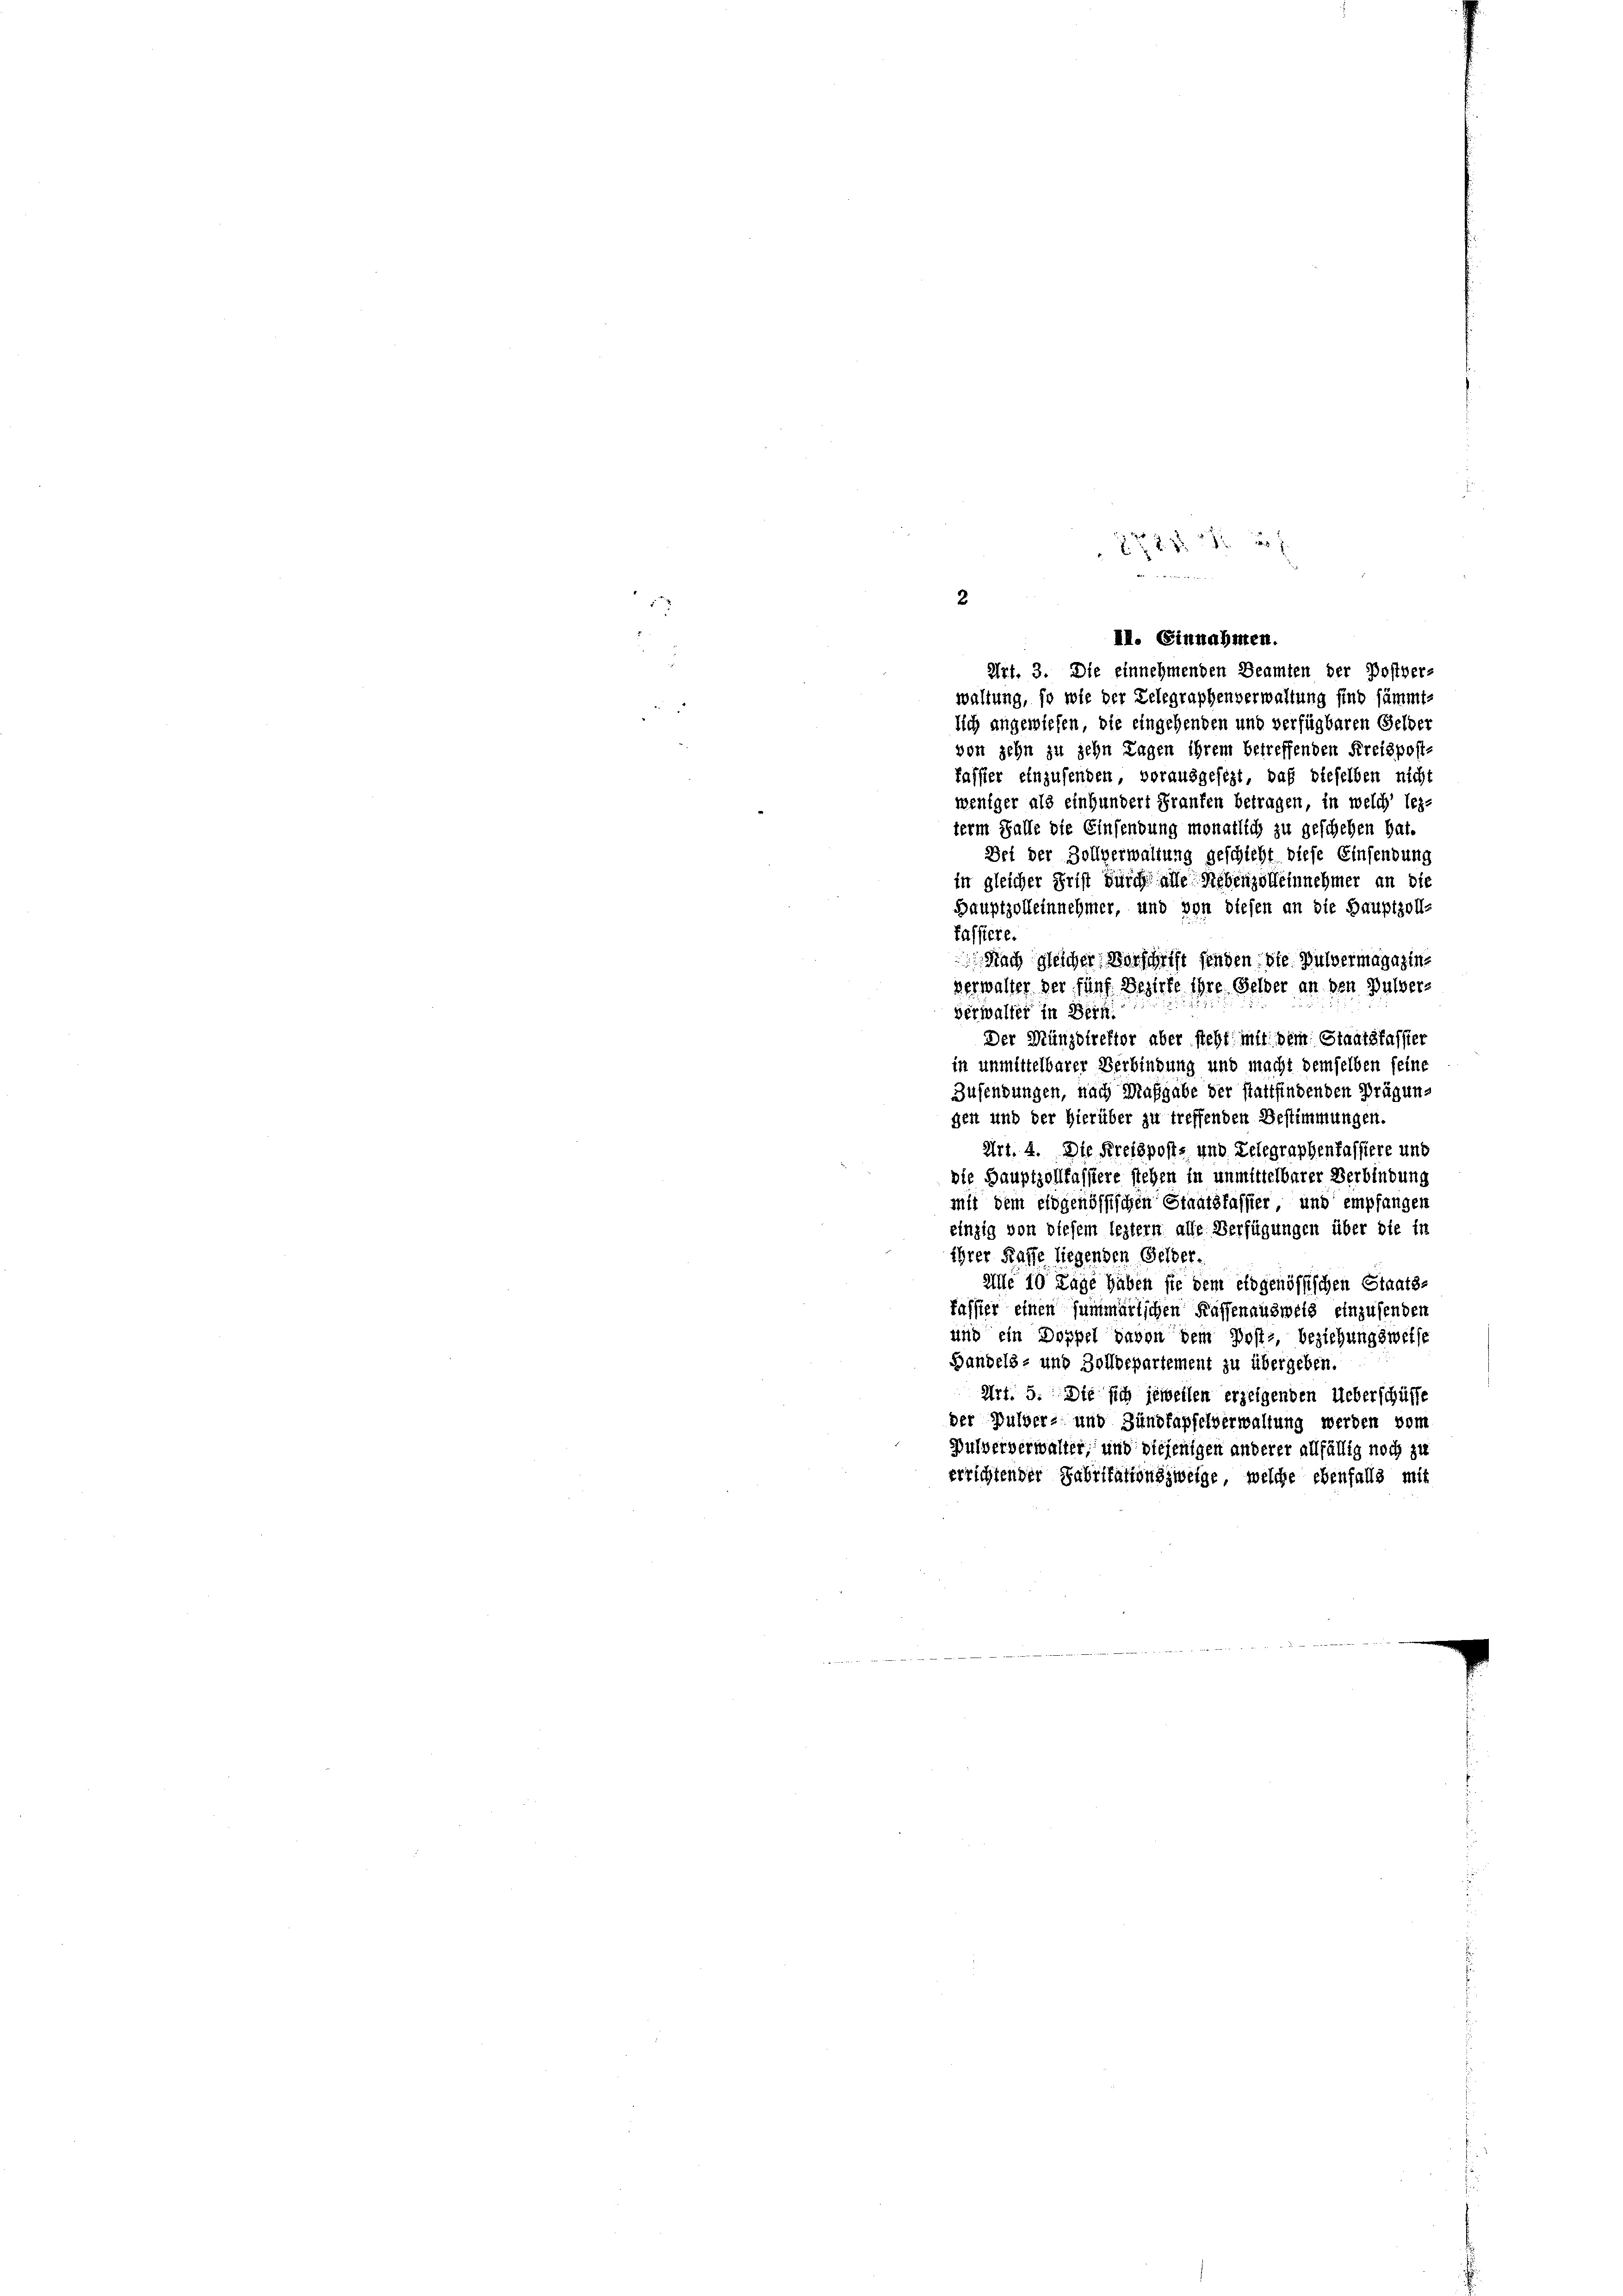
2

waltung, so wie der Telegraphenverwaltung sind sämmtlich angewiesen, die eingehenden und verfügbaren Gelder
von zehn zu sehn Tagen ihrem betreffenden Kreispost-
fasser einzusenden, vorausgesezt, daß dieselben nicht
weniger als einhundert Franken betragen, in welch’ leze
term Falle die Einsendung monatlich zu geschehen hat.
Bei der Zollverwaltung geschieht diese Einsendung
in gleicher Frist durch alle Nebenzolleinnehmer an die
Hauptzolleinnehmer, und von diesen an die Hauptzoll-
Passiere.
 Nach gleicher Vorschrift finden die Bulvermagazine
verwalter der fünf Bezirke ihre Gelber an den Pulver-
verwalter in Bern.
Der Münzstreffer aber steht mit dem Staatsfassier
in unmittelbarer Verbindung und macht demselben seine
Zusendungen, nach Maßgabe der stattfindenden Brügungent und der hierüber zu treffenden Bestimmungen.
Art. 4. Die Kreispost- und Telegraphenfassiere und
die Hauptzollkassiere stehen in unmittelbarer Verbindung
mit dem eidgenössischen Staatsfasser und empfangen
einzig von diesem leztern alle Verfügungen über die ir
ihrer Kaffe liegenden Gelder.
aille 10 Tage haben sie dem eidgenössischen Staats-
Passier einen summartichen Kassen ausweis einzusenden
und ein Doppel davon dem Post- beziehungsweise
Handels- und Zolldepartement zu übergeben.
Art. 5. Die sich jeweilen erzeigenden Ueberschüsse
der Pulver- und Zündfapfelverwaltung werden vom
Bulververwalter, und diejenigen anderer allfällig noch zu
errichtender Fabrikationszweige, welche ebenfalls mit

8 20 x
II. Einnahmen.
Art. 3. Die einnehmenden Beamten der Postver-